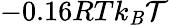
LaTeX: -0.16RTk_{\mathit{B}}\mathcal{{T}}